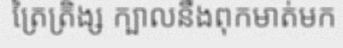
ត្រៃត្រិង្ស ក្បាលនឹងពុកមាត់មក